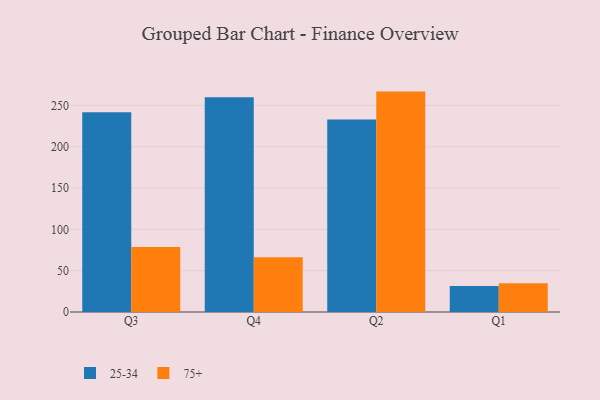
{"axis": {"x": "Quarter", "y": "Conversion Rate (%)"}, "legend": ["25-34", "75+"], "data": [{"x": "Q3", "y": 241.8, "type": "25-34"}, {"x": "Q3", "y": 78.7, "type": "75+"}, {"x": "Q4", "y": 260.0, "type": "25-34"}, {"x": "Q4", "y": 66.3, "type": "75+"}, {"x": "Q2", "y": 232.9, "type": "25-34"}, {"x": "Q2", "y": 266.7, "type": "75+"}, {"x": "Q1", "y": 31.5, "type": "25-34"}, {"x": "Q1", "y": 34.7, "type": "75+"}]}